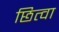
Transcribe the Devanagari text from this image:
छित्वा